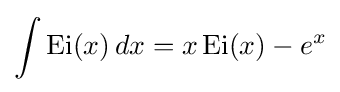
\int \operatorname {Ei} (x)\,dx=x\operatorname {Ei} (x)-e^{x}